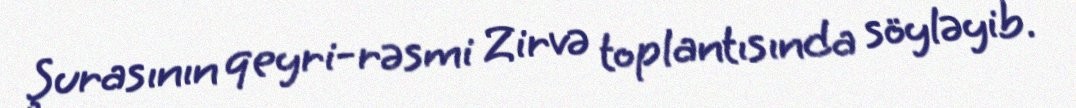
Şurasının qeyri-rəsmi Zirvə toplantısında söyləyib.